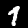
Label: 1